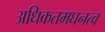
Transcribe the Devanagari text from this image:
अधिकतमघनत्व